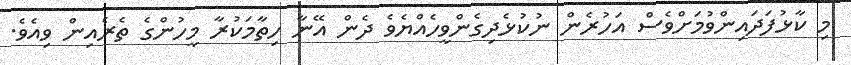
މި ކާޅުފަދައިންވުމަށްވެސް އަހުރެން ނުކުޅެދިގެންވީހެއްޔެވެ ދެން އޭނާ ހިތާމަކުރާ މީހުންގެ ތެރެއިން ވިއެވެ.